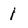
Character: i